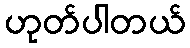
ဟုတ်ပါတယ်